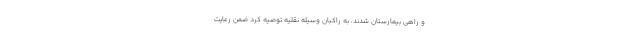
و راهی بیمارستان شدند، به راکبان وسیله نقلیه توصیه کرد ضمن رعایت